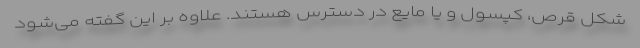
شکل قرص، کپسول و یا مایع در دسترس هستند. علاوه بر این گفته می‌شود